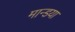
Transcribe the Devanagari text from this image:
मान्डया